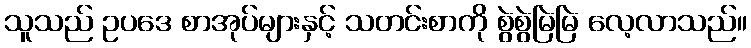
သူသည် ဥပဒေ စာအုပ်များနှင့် သတင်းစာကို စွဲစွဲမြဲမြဲ လေ့လာသည်။